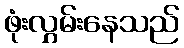
ဖုံးလွှမ်းနေသည်